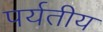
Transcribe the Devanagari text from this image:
पर्यतीय